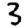
Digit: 3